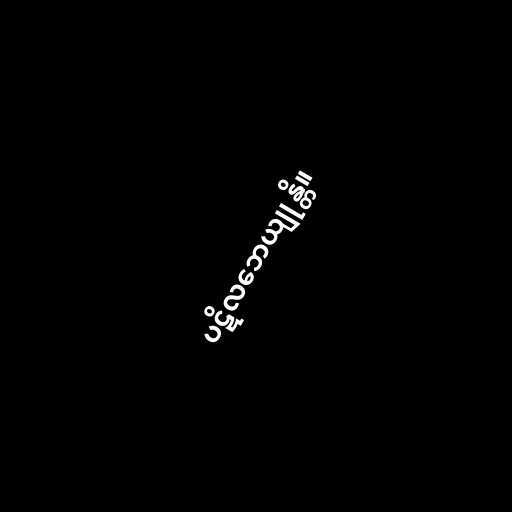
ပဋိလဘေယျုန္တိ။